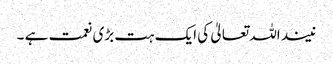
نیند اللہ تعالیٰ کی ایک ہت بڑی نعمت ہے ۔